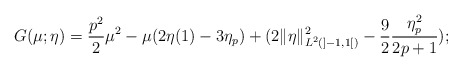
\begin{align*}G(\mu;\eta) = \frac{p^2}{2} \mu^2 -\mu (2\eta(1)-3\eta_p)+(2\|\eta\|_{L^2(]-1,1[)}^2-\frac{9}{2}\frac{\eta_p^2}{2p+1});\end{align*}